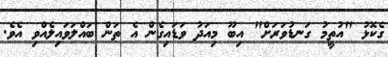
ގެކޮޅު "އުތީމު ގަނޑުވަރަށް" އިބޫ މިއަދު ވަޑައިގެން އެ ތަން ބައްލަވައިލެއްވި އެވެ.